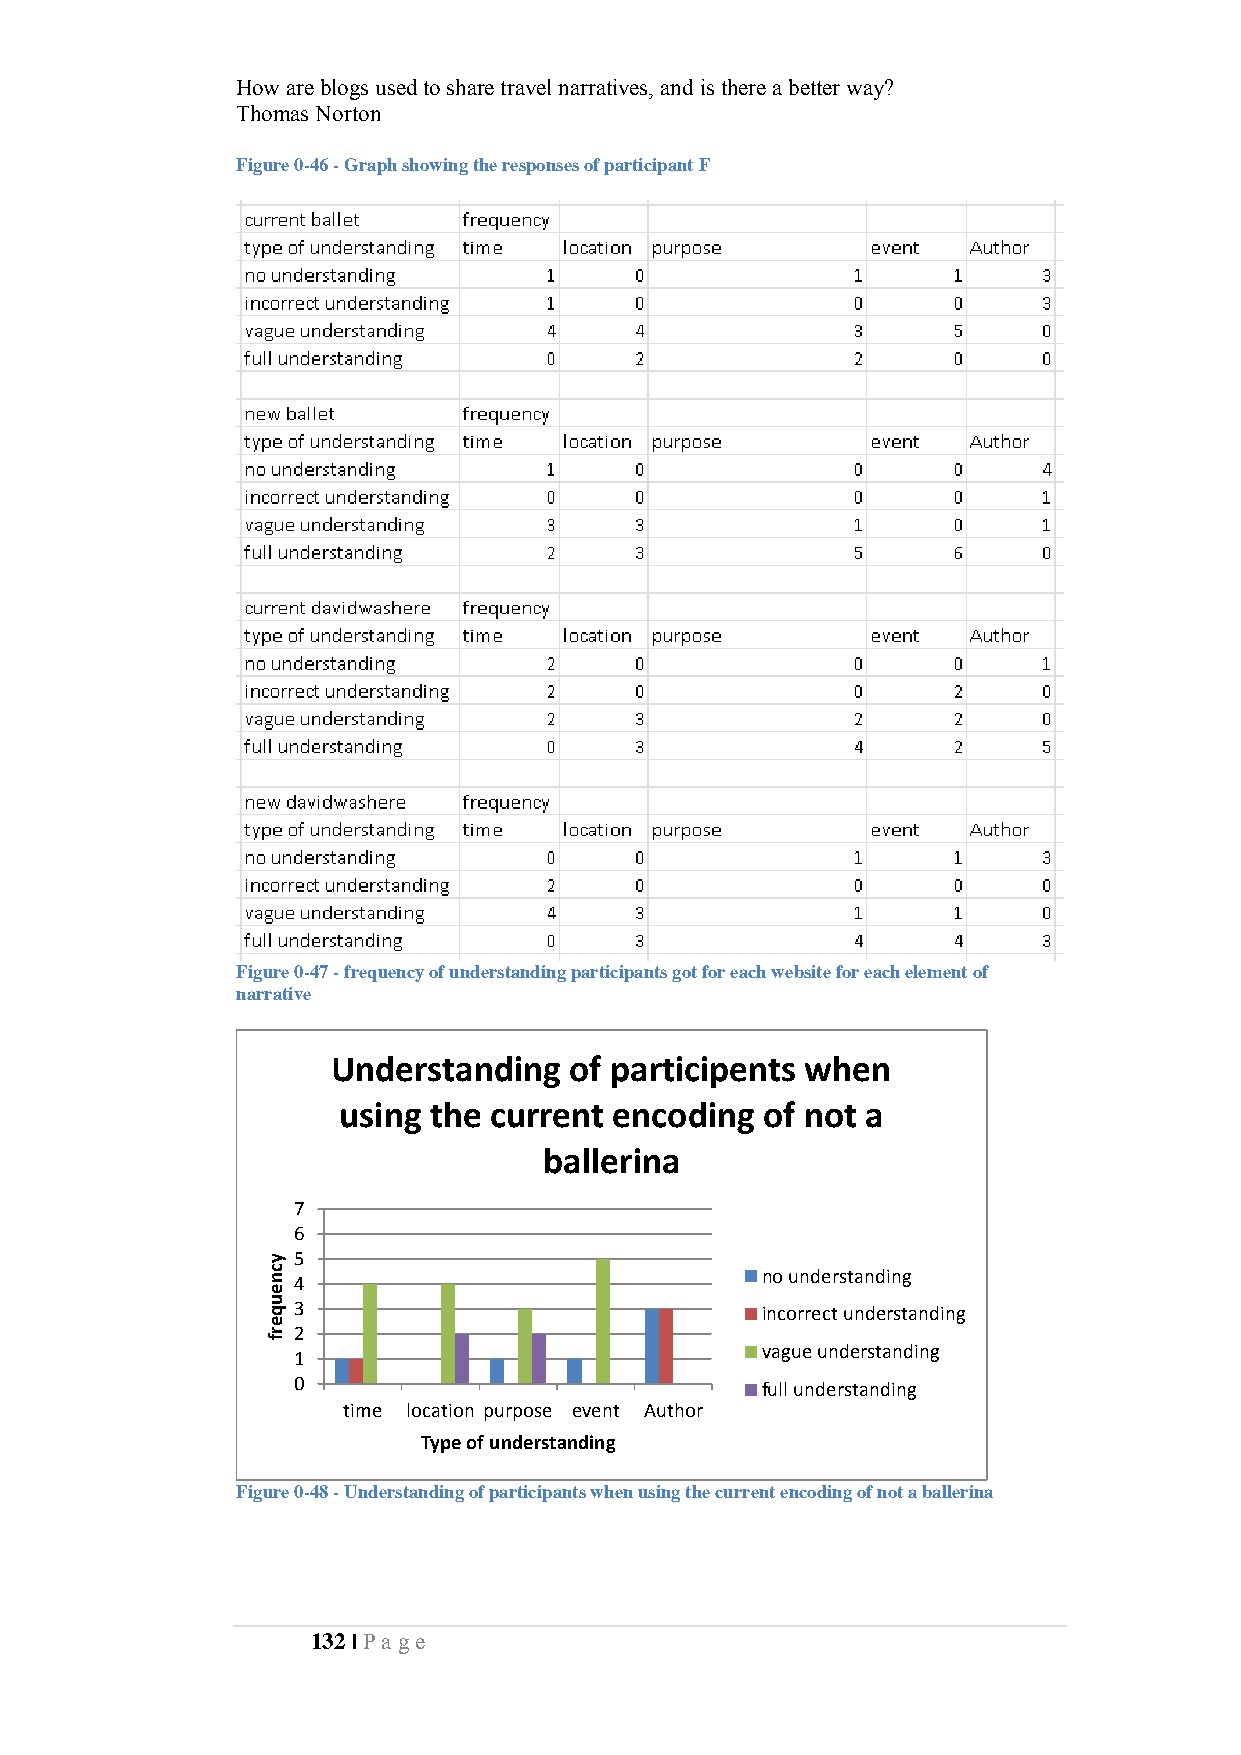
How are blogs used to share travel narratives, and is there a better way?
 Thomas Norton
 Figure 0-46 - Graph showing the responses of participant F
 Figure 0-47 - frequency of understanding participants got for each website for each element of
 narrative
 Understanding   of participents when
 using the current  encoding of not a
 ballerina
 7
 6
 5
 no understanding
 4
 3                              incorrect understanding
 2
 vague understanding
 1
 0                              full understanding
 time location purpose event Author
 Type of understanding
 Figure 0-48 - Understanding of participants when using the current encoding of not a ballerina
 132 | Pa ge
 ycneuqerf